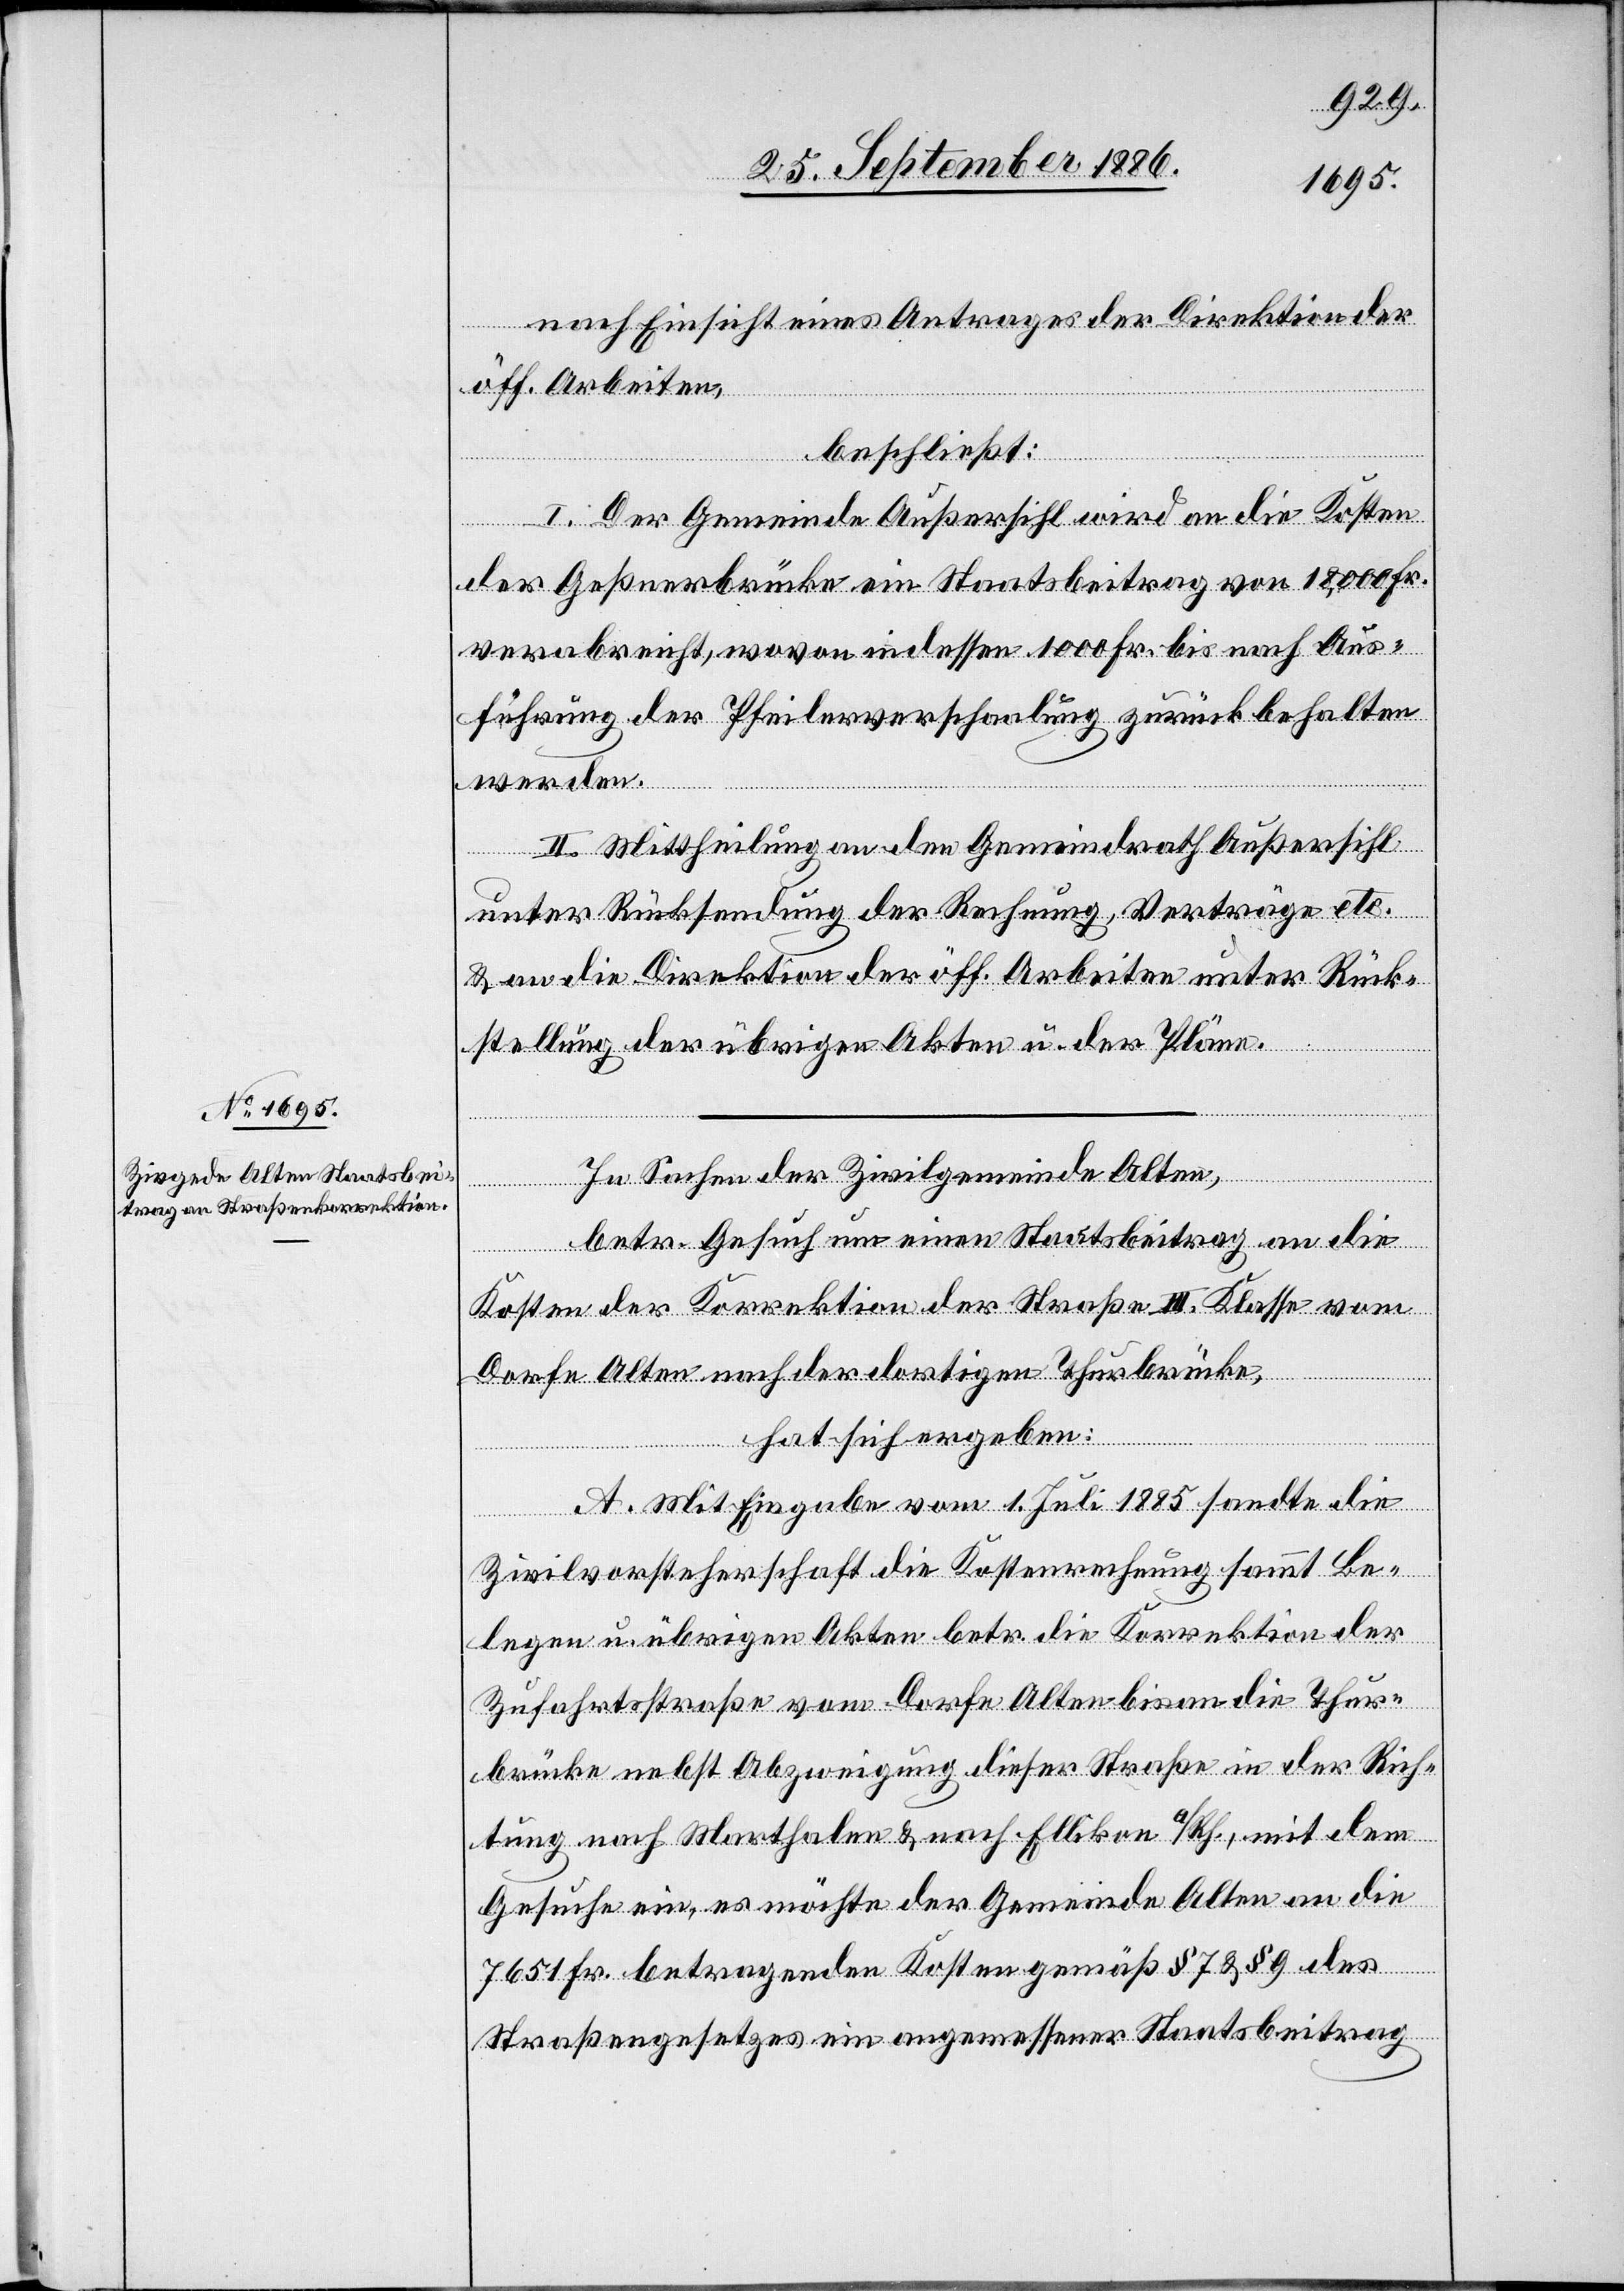
nach Einsicht eines Antrages der Direktion der
öff. Arbeiten,
beschließt:
I. Der Gemeinde Außersihl wird an die Kosten
der Geßnerbrücke ein Staatsbeitrag von 18,000 Fr.
verabreicht, wovon indessen 1000 Fr. bis nach Aus¬
führung der Pfeilerverschaalung zurückbehalten
werden.
II. Mittheilung an den Gemeindrath Außersihl
unter Rücksendung der Rechnung, Verträge etc.
& an die Direktion der öff. Arbeiten unter Rück¬
stellung der übrigen Akten u. der Pläne.